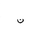
Letter: _non